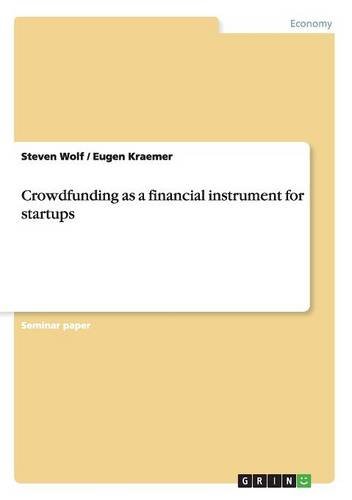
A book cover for Crowdfunding as a financial instrument for startups; Steven Wolf; Business & Money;